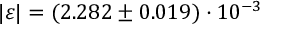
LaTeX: | \varepsilon | = ( 2 . 2 8 2 \pm 0 . 0 1 9 ) \cdot 1 0 ^ { - 3 }